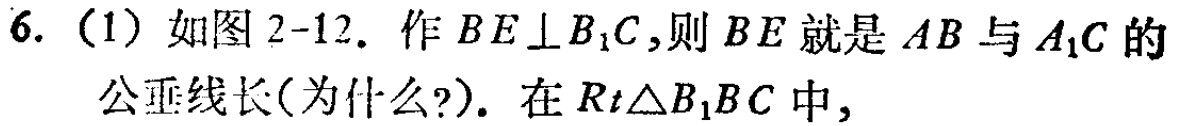
6.（1）如图2-12. 作 \(BE\perp B_{1}C\)，则 \(BE\) 就是 \(AB\) 与 \(A_{1}C\) 的公垂线长(为什么?). 在 \(Rt\triangle B_{1}BC\) 中,